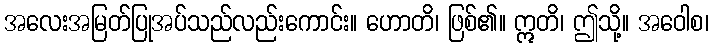
အလေးအမြတ်ပြုအပ်သည်လည်းကောင်း။ ဟောတိ၊ ဖြစ်၏။ ဣတိ၊ ဤသို့။ အဝေါစ၊